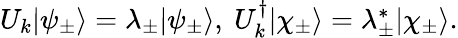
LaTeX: \begin{array}{r}{U_{k}|\psi_{\pm}\rangle=\lambda_{\pm}|\psi_{\pm}\rangle,~U_{k}^{\dagger}|\chi_{\pm}\rangle=\lambda_{\pm}^{\ast}|\chi_{\pm}\rangle.}\end{array}